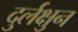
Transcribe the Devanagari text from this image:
दुर्लक्षुन